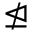
\ntrianglelefteq